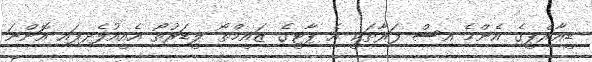
ޑީއާރްޕީގެ އެންމެ އިސް ފަރާތަކީ އެ ޕާޓީގެ ޒައީމްތޯ ލީޑަރުތޯ އެއީއުފެދިފައި އޮންނަ